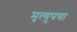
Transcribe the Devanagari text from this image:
मृत्युपत्रा